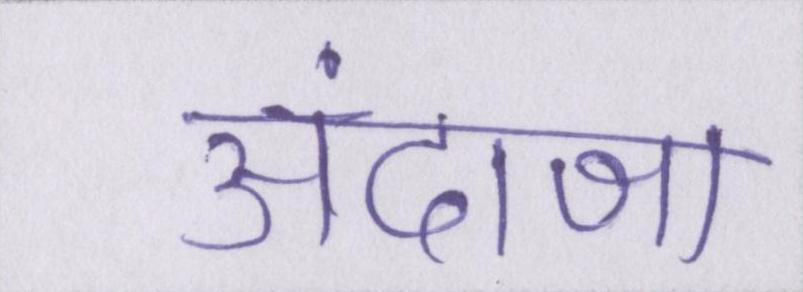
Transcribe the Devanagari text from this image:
अंदाजा